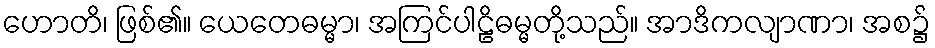
ဟောတိ၊ ဖြစ်၏။ ယေတေဓမ္မာ၊ အကြင်ပါဠိဓမ္မတို့သည်။ အာဒိကလျာဏာ၊ အစ၌